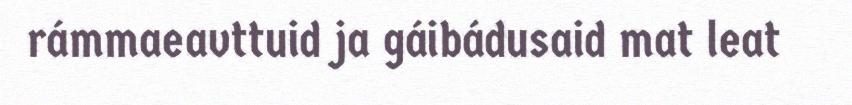
rámmaeavttuid ja gáibádusaid mat leat